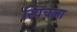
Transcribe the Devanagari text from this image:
स्विचला